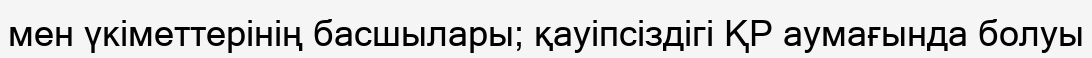
мен үкіметтерінің басшылары; қауіпсіздігі ҚР аумағында болуы